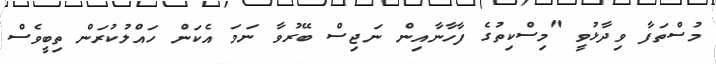
މުސްތަފާ ވިދާޅުވީ "މިސްކިތުގެ ފާހާނާއިން ނަޖިސް ބޭރުވާ ނަމަ އެކަން ހައްލުކުރަން ތިބީވެސް